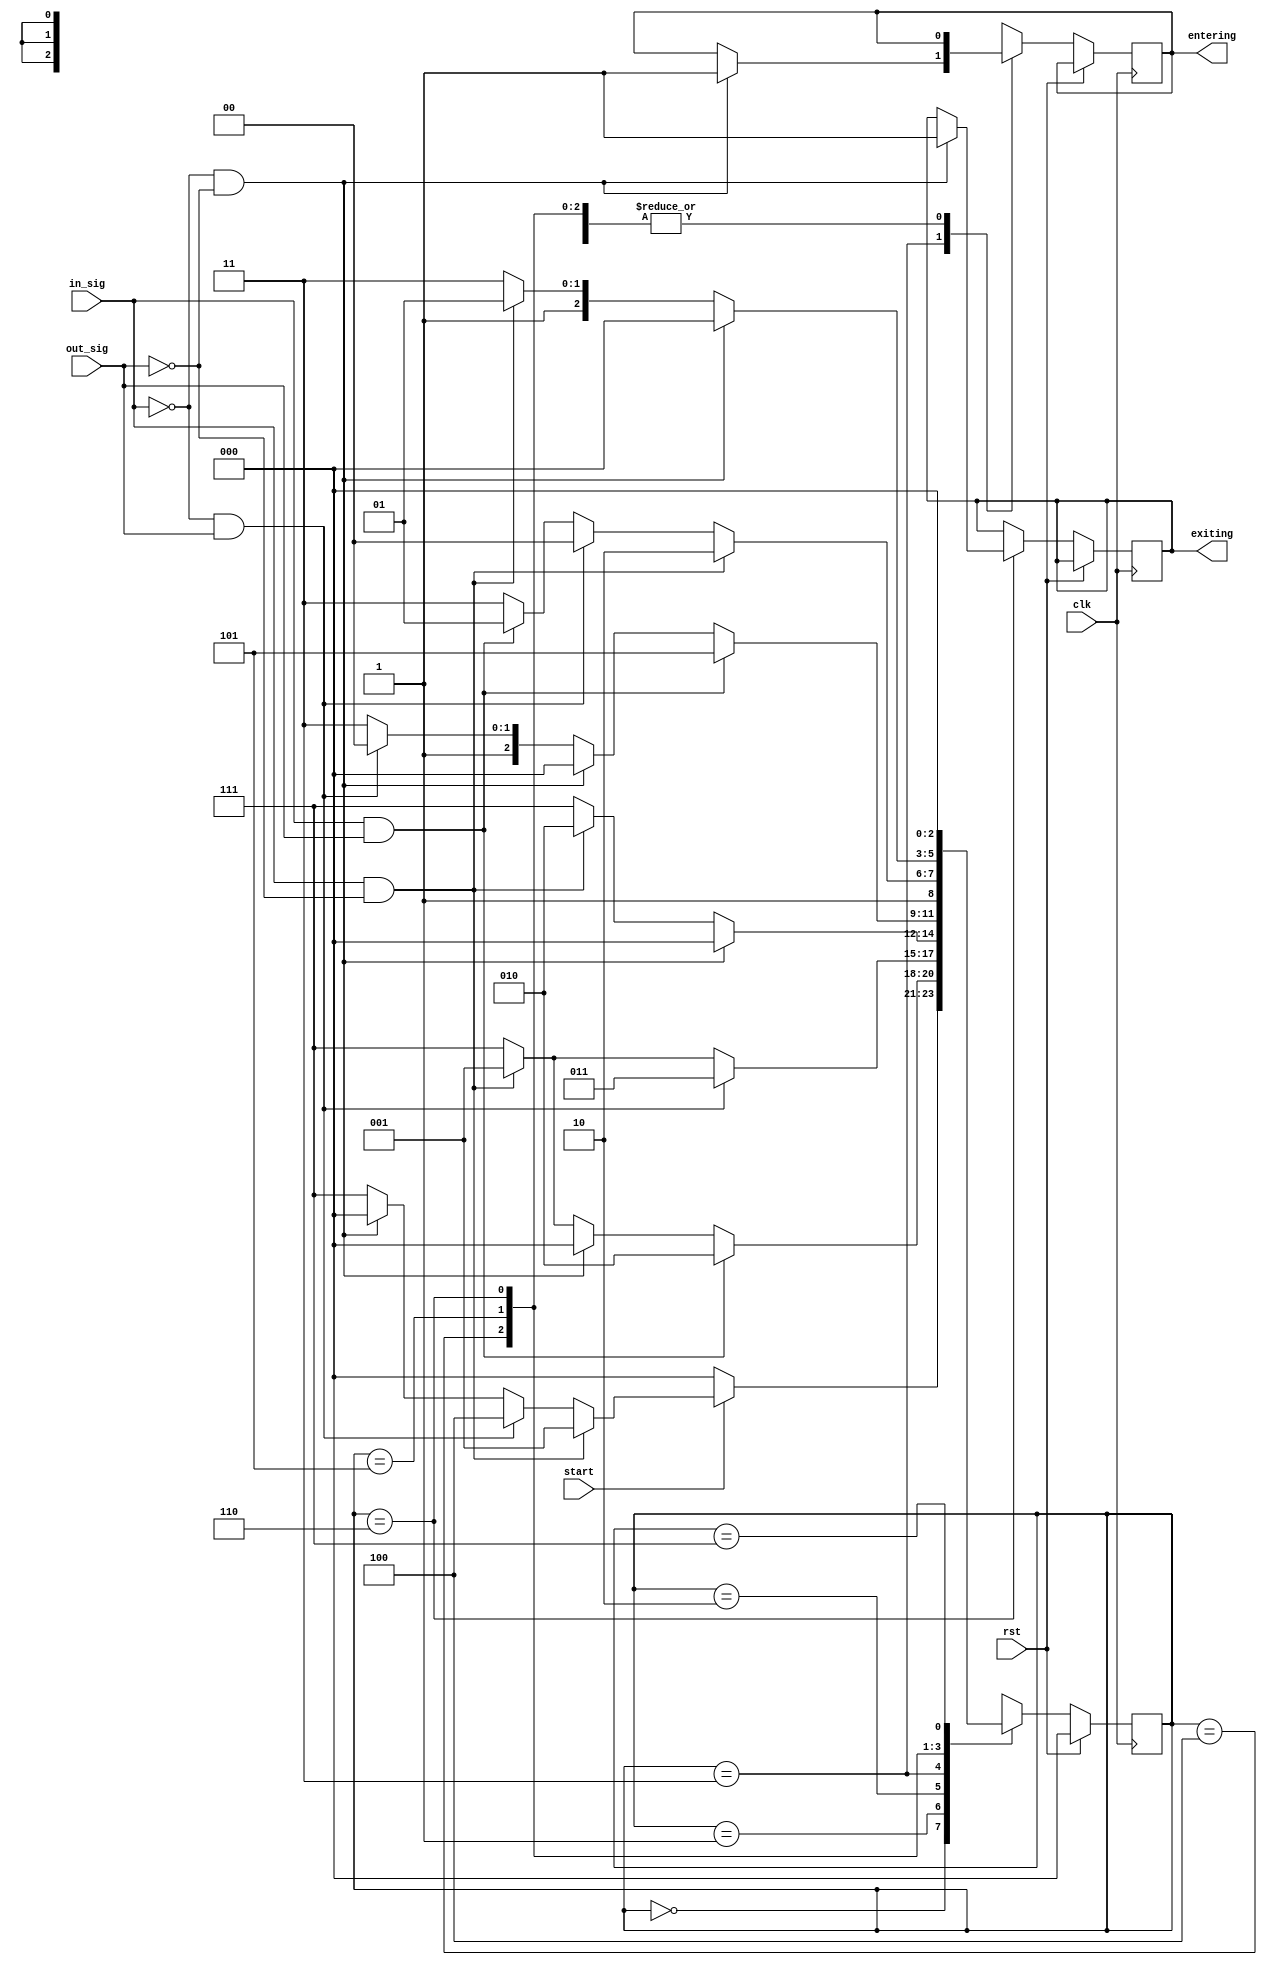
module parking_lot_fsm_single (rst,clk,in_sig,out_sig,start,entering,exiting);
		parameter idle=3'b000, car_enter=3'b001, half_enter=3'b010, almost_enter=3'b011, car_exit=3'b100, half_exit=3'b101, almost_exit=3'b110, invalid=3'b111;
		input rst,clk,in_sig,out_sig,start;
		output reg entering,exiting;
		reg [2:0]state;


		always@(posedge clk)
			begin
				if(rst)
					begin
						state<=idle;
					end
				else
					begin
						case(state)
							idle:			begin
												if(start)
													begin
														if (in_sig == 1 && out_sig == 0)
															state <= car_enter;
														else if (in_sig == 0 && out_sig == 1)
															state <= car_exit;
														else if (in_sig == 0 && out_sig == 0)
															state <= idle;
														else
															state <=invalid ;
													end
												else
													state<=idle;
											end
							car_enter:		begin
												if (in_sig == 1 && out_sig == 1)
													state <= half_enter;
												else if (in_sig == 0 && out_sig == 0)
													state <= idle;
												else if (in_sig == 1 && out_sig == 0)
													state <= car_enter;
												else
													state <= invalid;
											end
							half_enter:		begin
												if (in_sig == 0 && out_sig == 1)
													state <= almost_enter;
												else if (in_sig == 1 && out_sig == 0)
													state <= car_enter;
												else if (in_sig == 1 && out_sig == 0)
													state <= half_enter;
												else
													state <= invalid;
											end
							almost_enter:	begin
												if(in_sig == 0 && out_sig == 0)
													begin
														entering = 1'b1;
														state = idle;
													end
												else if (in_sig == 1 && out_sig == 0)
													state <= half_enter;
												else if (in_sig == 1 && out_sig == 0)
													state <= almost_enter;
												else
													state <= invalid;
											end
							car_exit:		begin
												if (in_sig == 1 && out_sig == 1)
													state <= half_exit;
												else if (in_sig == 0 && out_sig == 0)
													state <= idle;
												else if (in_sig == 0 && out_sig == 1)
													state <= car_exit;
												else
													state <= invalid;
											end
							half_exit:		begin
												if (in_sig == 1 && out_sig == 0)
													state <= almost_exit;
												else if (in_sig == 0 && out_sig == 1)
													state <= car_exit;
												else if (in_sig == 1 && out_sig == 1)
													state <= half_exit;
												else
													state <= invalid;
											end
							almost_exit:	begin
												if(in_sig == 0 && out_sig == 0)
													begin
														exiting <= 1'b1;
														state <= idle;
													end
												else if (in_sig == 1 && out_sig == 0)
													state <= half_exit;
												else if (in_sig == 1 && out_sig == 0)
													state <= almost_exit;
												else
													state <= invalid;
											end
							invalid:		begin
												state<=idle;
											end	
						endcase	
															
					end
			end
endmodule